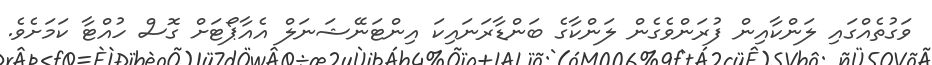
ވަގުތެއްގައި ލަންކާއިން ފުރަންވެގެން ލަންކާގެ ބަންޑާރަނައިކަ އިންޓަނޭޝަނަލް އެއާޕޯޓަށް ގޮސް ހުއްޓާ ކަމަށެވެ.